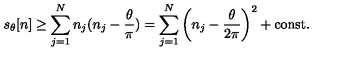
s _ { \theta } [ n ] \geq \sum _ { j = 1 } ^ { N } n _ { j } ( n _ { j } - \frac { \theta } { \pi } ) = \sum _ { j = 1 } ^ { N } \left( n _ { j } - \frac { \theta } { 2 \pi } \right) ^ { 2 } + \mathrm { c o n s t . }